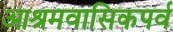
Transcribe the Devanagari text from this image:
आश्रमवासिकपर्व